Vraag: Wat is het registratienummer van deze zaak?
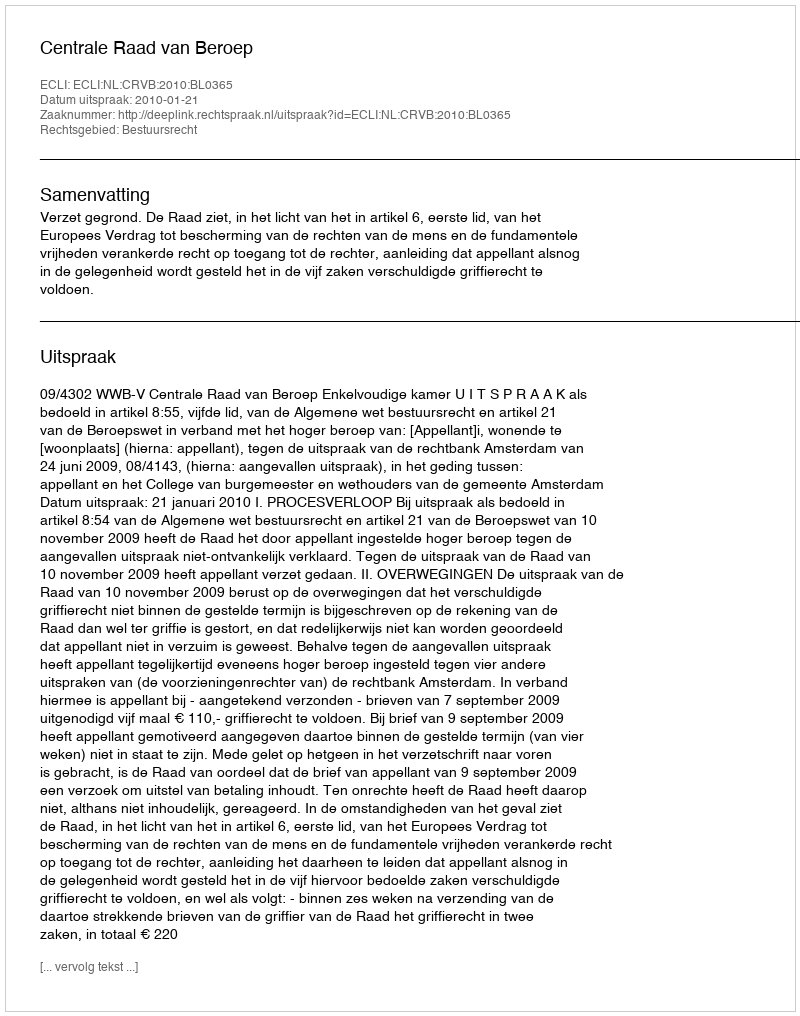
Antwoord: http://deeplink.rechtspraak.nl/uitspraak?id=ECLI:NL:CRVB:2010:BL0365